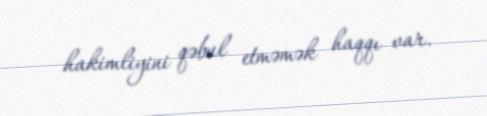
hakimliyini qəbul etməmək haqqı var.